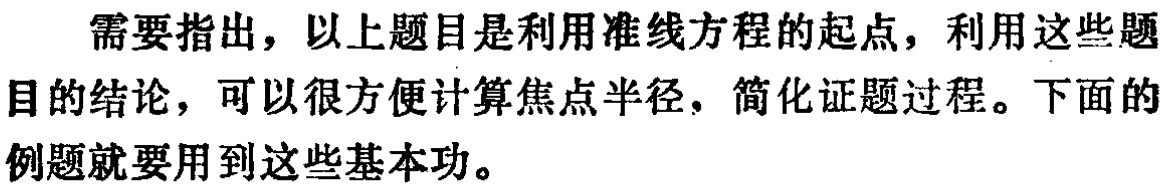
需要指出，以上题目是利用准线方程的起点，利用这些题目的结论，可以很方便计算焦点半径，简化证题过程。下面的例题就要用到这些基本功。